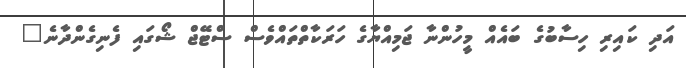
އަދި ކައިރި ހިސާބުގެ ބައެއް މީހުންނާ ޖަމިއްޔާގެ ހަރަކާތްތައްވެސް ސްޓޭޖް ޝޯގައި ފެނިގެންދާނެ"